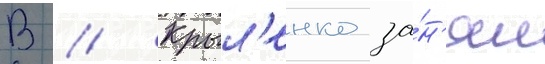
В // Крыл'енко за́н'ял